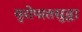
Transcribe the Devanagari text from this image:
युरोपातसुद्धा